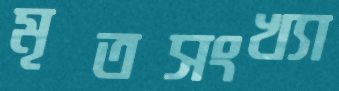
মৃতসংখ্যা